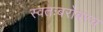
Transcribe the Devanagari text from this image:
स्वतःबरोबरच